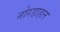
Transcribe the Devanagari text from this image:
नोरडाहल